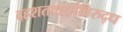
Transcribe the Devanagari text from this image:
दहशतवाद्यांविरुद्ध